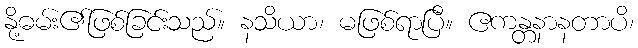
နို့ဓမ်း၏ဖြစ်ခြင်းသည်။ နသိယာ၊ မဖြစ်ရာပြီ။ ဧကန္တနာနတာပိ၊